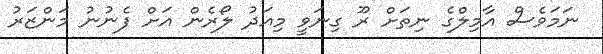
ނަމަވެސް އާމިލްގެ ނިތަށް ރޫ ގިނަވީ މިއަދު ލޯރެން އަށް ފެނުނު މަންޒަރު